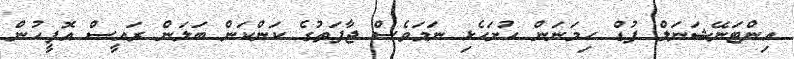
އިންޓަނޭޝަނަލް ފުޑް ހިމަނަން ހުށަހެޅި ނަމަވެސް ޖާފަތުގެ ކަންކަން ބަލަން ރައީސް އޮފީހުން